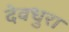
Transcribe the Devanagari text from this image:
देवधुरा